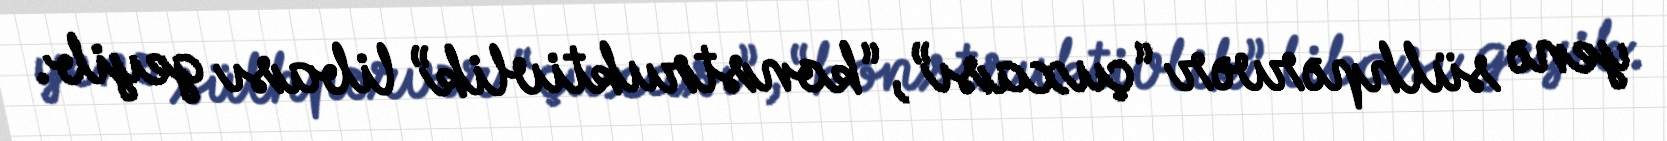
yenə sülhpərvər “çuxası”, “konstruktivlik” libası geyib.